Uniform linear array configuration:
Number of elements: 12
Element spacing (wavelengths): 0.25
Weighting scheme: uniform
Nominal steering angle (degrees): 15
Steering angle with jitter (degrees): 16.707
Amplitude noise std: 0.05
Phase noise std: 0.05

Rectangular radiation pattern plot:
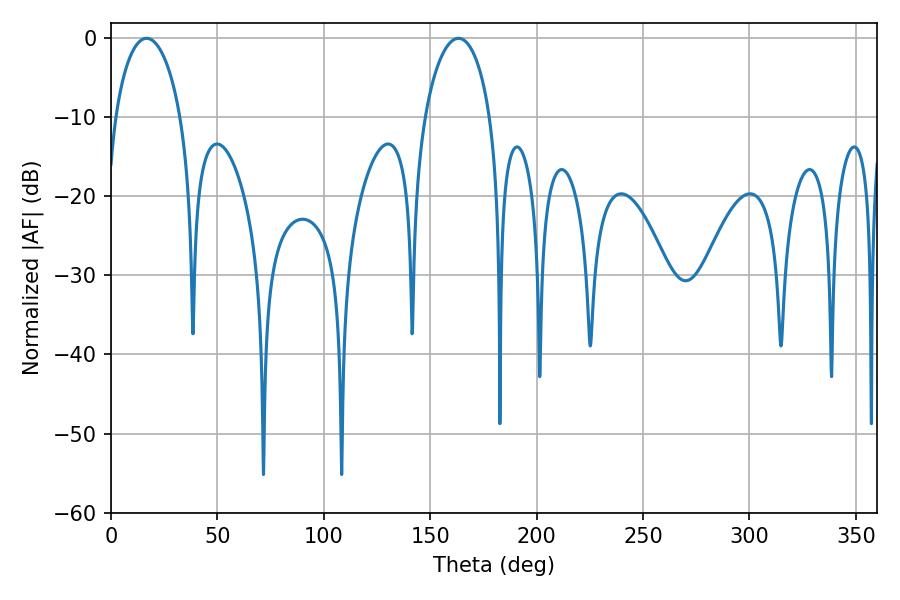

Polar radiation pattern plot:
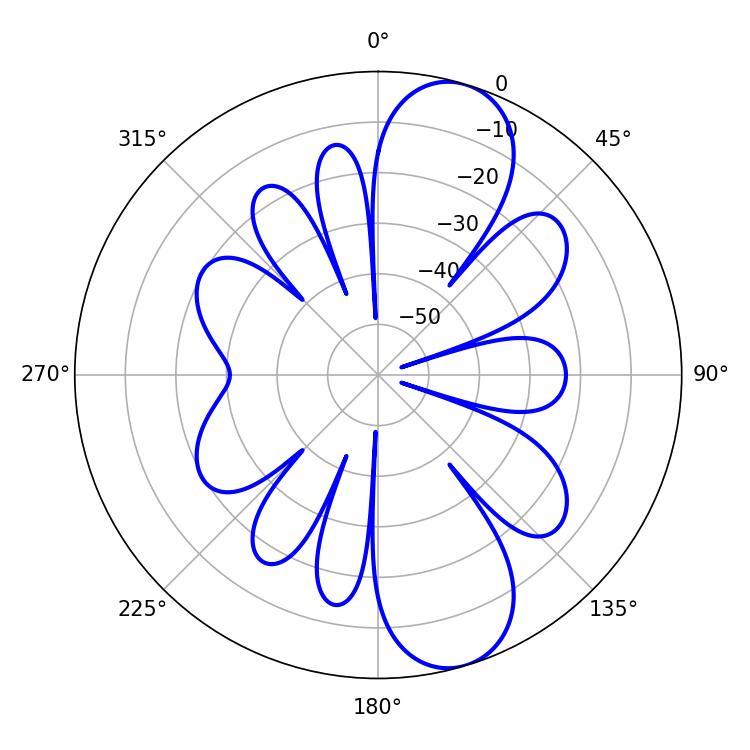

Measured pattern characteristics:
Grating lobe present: FALSE
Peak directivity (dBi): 10.172
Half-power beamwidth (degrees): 17.64
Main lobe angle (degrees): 16.74